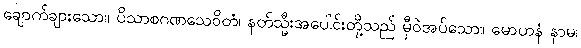
ချောက်ချားသော။ ပိသာစဂဏသေဝိတံ၊ နတ်သ္မီးအပေါင်းတို့သည် မှီဝဲအပ်သော။ မောဟနံ နာမ၊